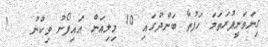
ގިނަވަނީފުރަތަމަ ހަފުތާ ބަންދުގައި 10 މިލިއަން އައިފޯނު ވިކުނު   !